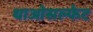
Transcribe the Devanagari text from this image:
थाओसल्फेट